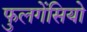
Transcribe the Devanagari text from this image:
फुलगेंसियो